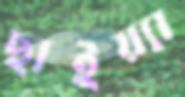
ছাইয়্যা